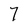
Character: 7